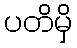
ပတိမှိ